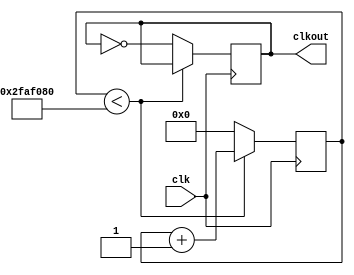
// ********************************************************************
// >>>>>>>>>>>>>>>>>>>>>>>>> COPYRIGHT NOTICE <<<<<<<<<<<<<<<<<<<<<<<<<
// ********************************************************************
// Module name  : clk
// Author       : 
// Description  : MAX II 
// 
// --------------------------------------------------------------------
// Code Revision History : 
// --------------------------------------------------------------------
// Version: |Mod. Date:
// V1.0     |2019/12/01
// --------------------------------------------------------------------
// Module Function: 

module clk (clk, clkout);
 
   input clk;			// 
   output clkout;		// 
	
	parameter num = 1;					// 
	parameter clk0 = 'd50_000_000;	// 
	parameter width = 'd26;				// 
	
	reg [width-1:0] count;		// 
	reg out;							// 
	
	reg[25:0] a;					// 
	
	// 
	initial
	begin
		out <= 1'b0;
		count <= 'd0;
		a <= clk0 / num;
	end
	
	assign clkout = out;			// 
	
	// 
	always@(posedge clk)
		if(count < a)				// 
			count <= count + 'd1;
		else
		begin
			count <= 'd0;			// 
			out <= ~out;			// 
		end
   
endmodule